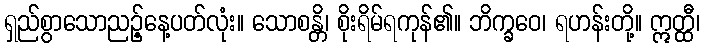
ရှည်စွာသောညဉ့်နေ့ပတ်လုံး။ သောစန္တိ၊ စိုးရိမ်ရကုန်၏။ ဘိက္ခဝေ၊ ရဟန်းတို့။ ဣတ္ထီ၊